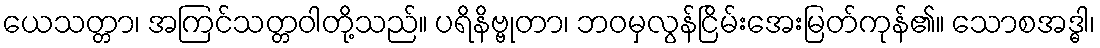
ယေသတ္တာ၊ အကြင်သတ္တဝါတို့သည်။ ပရိနိဗ္ဗုတာ၊ ဘဝမှလွန်ငြိမ်းအေးမြတ်ကုန်၏။ သောစအဒ္ဓါ၊